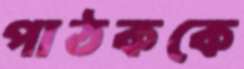
পাঠককে